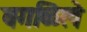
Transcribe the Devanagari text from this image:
वगळिले